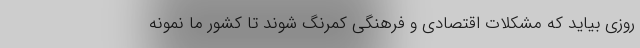
روزی بیاید که مشکلات اقتصادی و فرهنگی کمرنگ شوند تا کشور ما نمونه